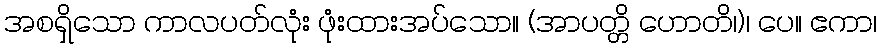
အစရှိသော ကာလပတ်လုံး ဖုံးထားအပ်သော။ (အာပတ္တိ ဟောတိ၊)၊ ပေ။ ဧကာ၊